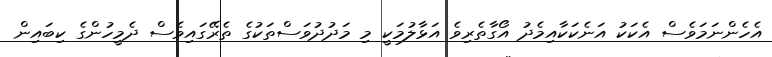
އެހެންނަމަވެސް އެކަކު އަނެކަކާއިމެދު އޯގާތެރިވެ އަޅާލުމަކީ މި މަދުދުވަސްތަކުގެ ތެރޭގައިވެސް ދެމީހުންގެ ކިބައިން